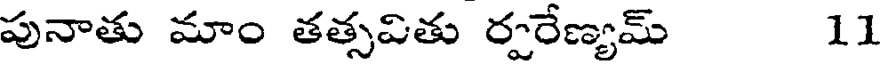
పునాతు మాం తత్సవితు ర్వరేణ్యమ్ 11